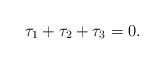
LaTeX: \begin{align*} \tau_1 + \tau_2 + \tau_3 = 0.\end{align*}